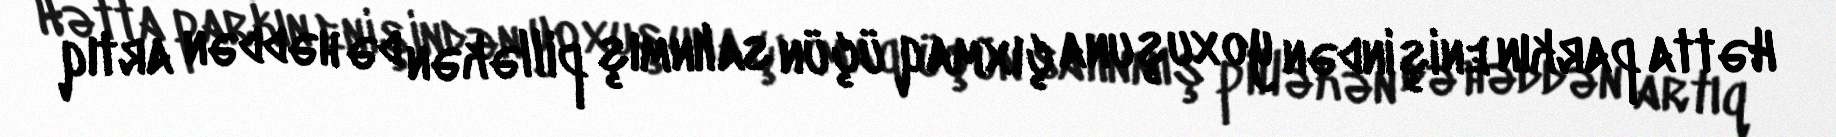
Hətta parkın enişindən yoxuşuna çıxmaq üçün salınmış pilləkən də həddən artıq